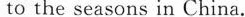
to the seasons in China.